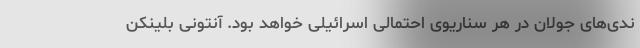
ندی‌های جولان در هر سناریوی احتمالی اسرائیلی خواهد بود. آنتونی بلینکن